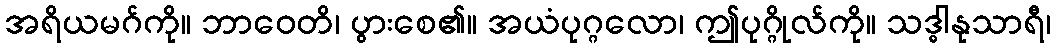
အရိယမဂ်ကို။ ဘာဝေတိ၊ ပွားစေ၏။ အယံပုဂ္ဂလော၊ ဤပုဂ္ဂိုလ်ကို။ သဒ္ဓါနုသာရီ၊